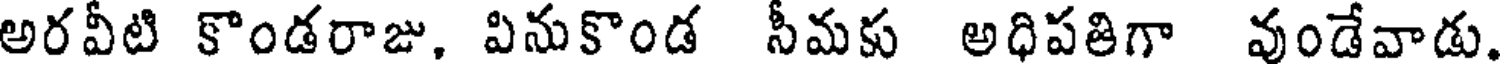
అరవీటి కొండరాజు, వినుకొండ సీమకు అధిపతిగా వుండేవాడు.